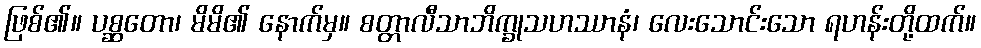
ဖြစ်၏။ ပစ္ဆတော၊ မိမိ၏ နောက်မှ။ စတ္တာလီသာဘိက္ခုသဟဿာနံ၊ လေးသောင်းသော ရဟန်းတို့ထက်။